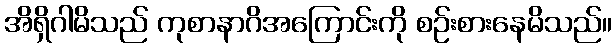
အိရှိဂါမိသည် ကုစာနာဂိအကြောင်းကို စဉ်းစားနေမိသည်။